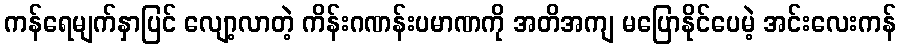
ကန်ရေမျက်နှာပြင် လျော့လာတဲ့ ကိန်းဂဏန်းပမာဏကို အတိအကျ မပြောနိုင်ပေမဲ့ အင်းလေးကန်